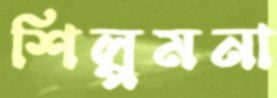
শিল্পমনা